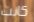
كانت